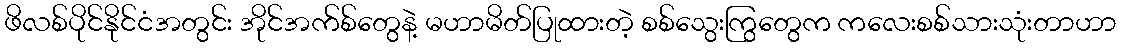
ဖိလစ်ပိုင်နိုင်ငံအတွင်း အိုင်အက်စ်တွေနဲ့ မဟာမိတ်ပြုထားတဲ့ စစ်သွေးကြွတွေက ကလေးစစ်သားသုံးတာဟာ